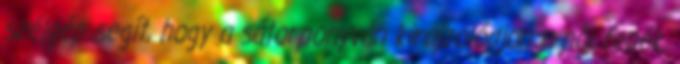
szélgép segít, hogy a sátorponyván kirajzolódjon a női fenék.